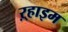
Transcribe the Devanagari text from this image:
ऱ्हाइम